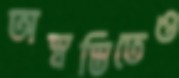
অস্বস্তিতেও